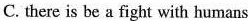
C. there is be a fight with humans